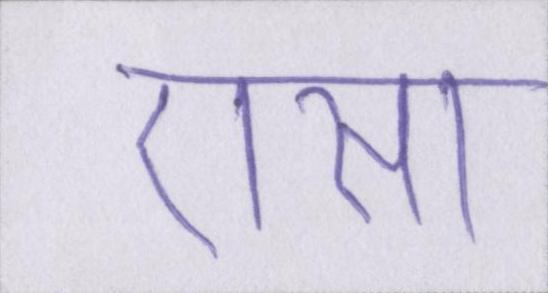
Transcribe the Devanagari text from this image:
एसा